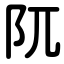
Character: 阢